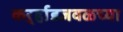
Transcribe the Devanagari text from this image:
कर्ऱ्हाडजवळच्या